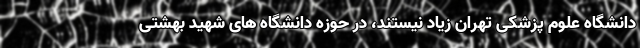
دانشگاه علوم پزشکی تهران زیاد نیستند، در حوزه دانشگاه های شهید بهشتی